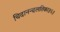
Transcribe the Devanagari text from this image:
चिदानन्दलतिका॥६॥